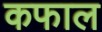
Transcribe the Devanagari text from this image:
कफाल